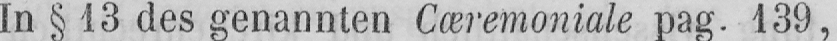
In § 13 des genannten Cæremoniale pag. 139,